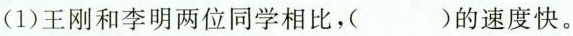
(1)王刚和李明两位同学相比，( )的速度快。